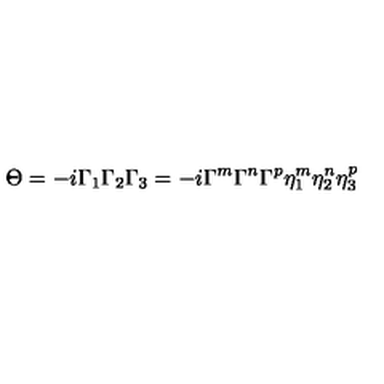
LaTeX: \Theta = - i \Gamma _ { 1 } \Gamma _ { 2 } \Gamma _ { 3 } = - i \Gamma ^ { m } \Gamma ^ { n } \Gamma ^ { p } \eta _ { 1 } ^ { m } \eta _ { 2 } ^ { n } \eta _ { 3 } ^ { p }